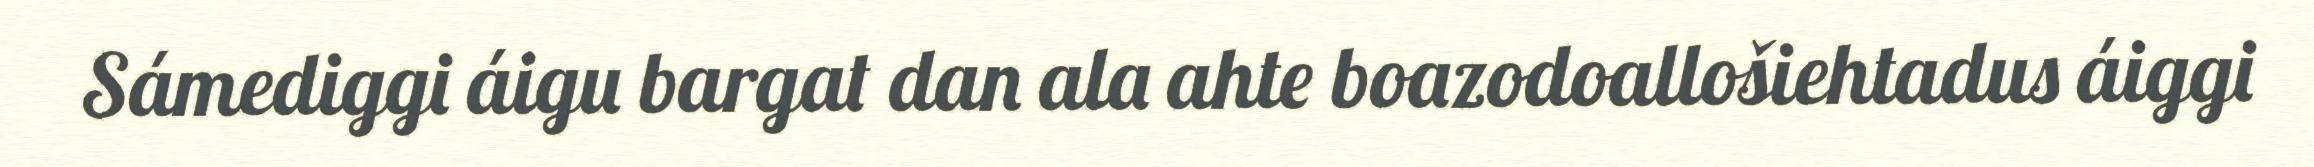
Sámediggi áigu bargat dan ala ahte boazodoallošiehtadus áiggi